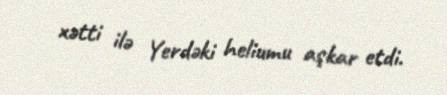
xətti ilə Yerdəki heliumu aşkar etdi.